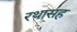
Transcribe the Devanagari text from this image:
रथासह